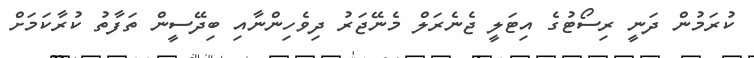
ކުރަމުން ދަނީ ރިސޯޓުގެ އިޓަލީ ޖެނެރަލް މެނޭޖަރު ދިވެހިންނާއި ބިދޭސީން ތަފާތު ކުރާކަމަށް